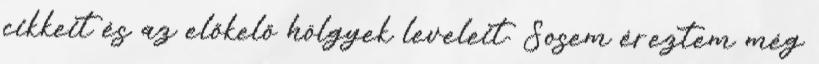
cikkeit és az előkelő hölgyek leveleit. Sosem éreztem még